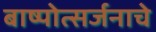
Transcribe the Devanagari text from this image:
बाष्पोत्सर्जनाचे